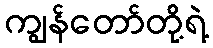
ကျွန်တော်တို့ရဲ့